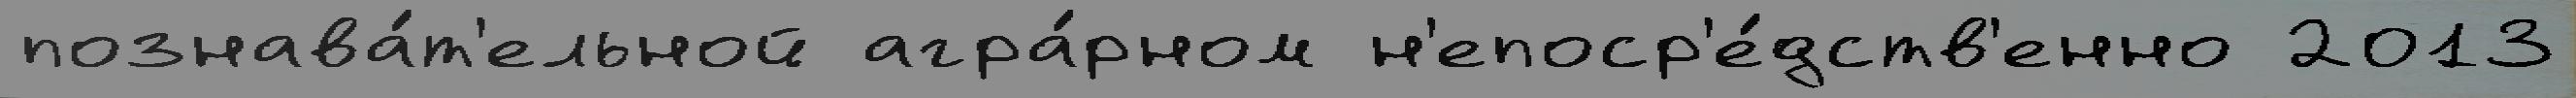
познава́т'ельной агра́рном н'епоср'е́дств'енно 2013